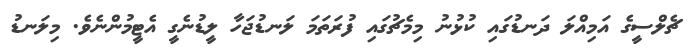
ޗެލްސީގެ އަމިއްލަ ދަނޑުގައި ކުޅުނު މިމެޗުގައި ފުރަތަމަ ލަނޑުޖަހާ ލީޑުނެގީ އެޓީމުންނެވެ. މިލަނޑު